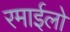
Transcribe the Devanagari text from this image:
रमाईलो